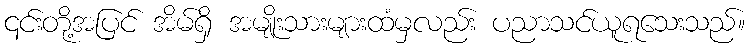
၎င်းတို့အပြင် အိမ်ရှိ အမျိုးသားများထံမှလည်း ပညာသင်ယူရသေးသည်။